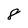
Character: 8